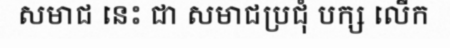
សមាជ នេះ ជា សមាជប្រជុំ បក្ស លើក